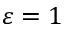
\varepsilon = 1